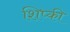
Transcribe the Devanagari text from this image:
शिप्की